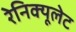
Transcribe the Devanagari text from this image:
रेनिक्यूलेट